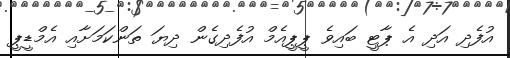
އުފެދި އަދި އެ ޕާޓީ ބައިވެ ޕީޕީއެމް އުފެދިގެން ދިޔަ ތަންކަމަށާއި އެމްޑީޕީ